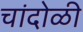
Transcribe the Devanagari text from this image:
चांदोळी